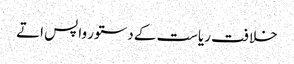
خلافت ریاست کے دستور واپس اتے